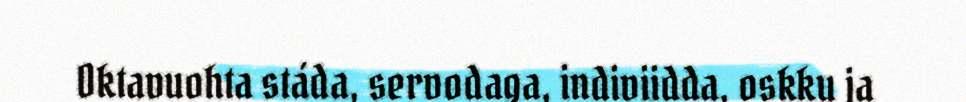
Oktavuohta stáda, servodaga, indiviidda, oskku ja